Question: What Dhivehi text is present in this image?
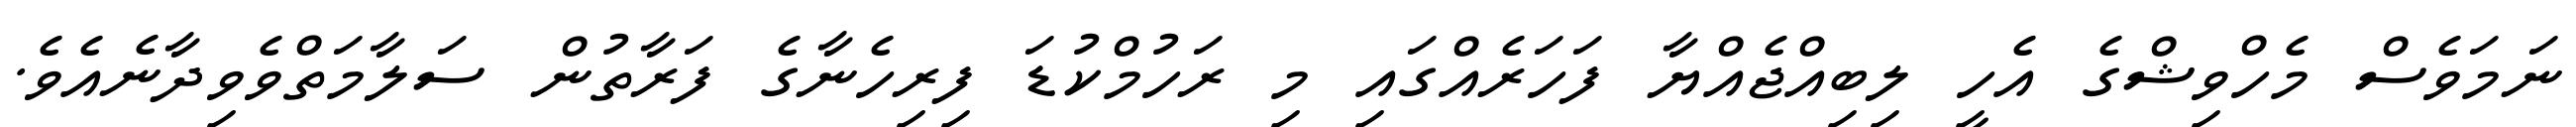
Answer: ނަމަވެސް މެހްވިޝްގެ އެހީ ލިބިއްޖެއްޔާ ފަހަރެއްގައި މި ރަހުމްކުޑަ ފިރިހެނާގެ ފަރާތުން ސަލާމަތްވެވިދާނެއެވެ.